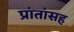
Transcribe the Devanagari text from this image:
प्रांतांसह